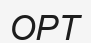
ОРТ